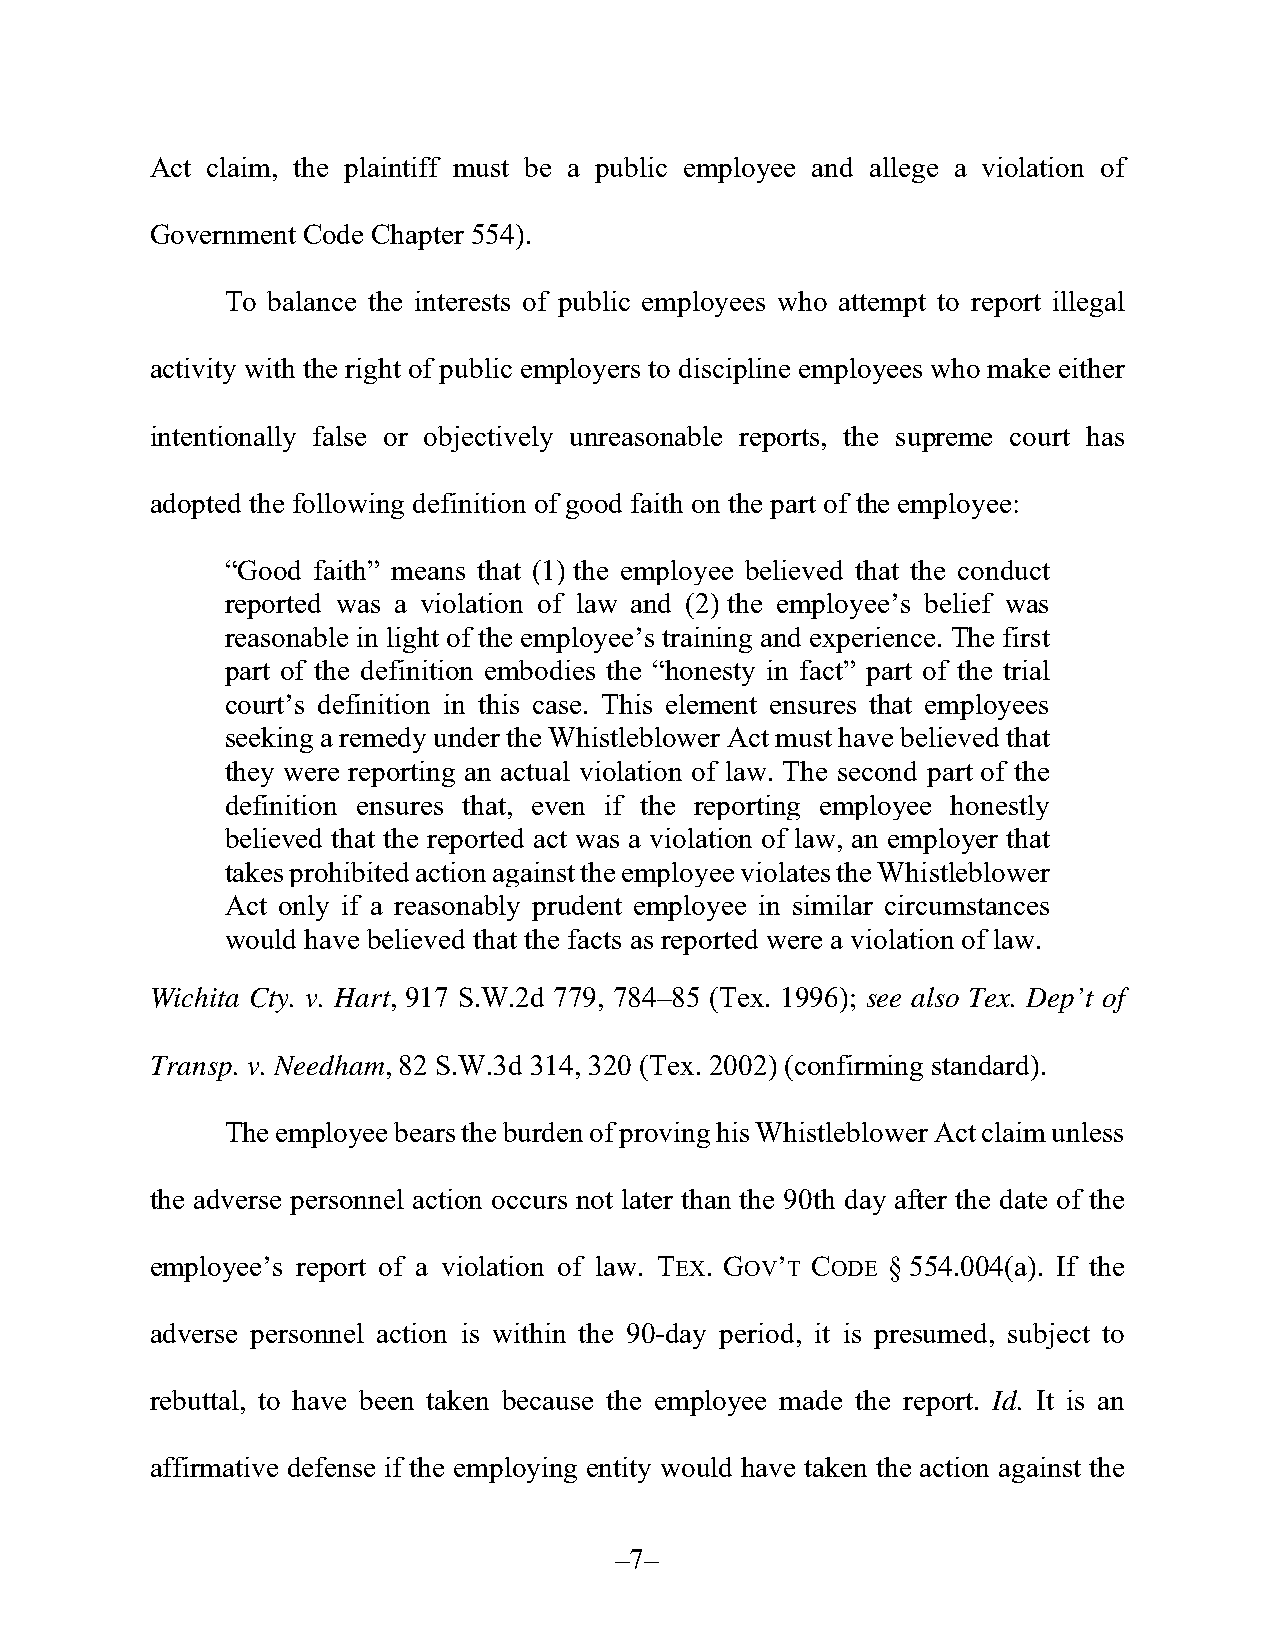
Act claim, the plaintiff must be a public employee and allege a violation of
 Government Code Chapter 554).
 To balance the interests of public employees who attempt to report illegal
 activity with the right of public employers to discipline employees who make either
 intentionally false or objectively unreasonable reports, the supreme court has
 adopted the following definition of good faith on the part of the employee:
 “Good faith” means that (1) the employee believed that the conduct
 reported was a violation of law and (2) the employee’s belief was
 reasonable in light of the employee’s training and experience. The first
 part of the definition embodies the “honesty in fact” part of the trial
 court’s definition in this case. This element ensures that employees
 seeking a remedy under the Whistleblower Act must have believed that
 they were reporting an actual violation of law. The second part of the
 definition ensures that, even if the reporting employee honestly
 believed that the reported act was a violation of law, an employer that
 takes prohibited action against the employee violates the Whistleblower
 Act only if a reasonably prudent employee in similar circumstances
 would have believed that the facts as reported were a violation of law.
 Wichita Cty. v. Hart, 917 S.W.2d 779, 784–85 (Tex. 1996); see also Tex. Dep’t of
 Transp. v. Needham, 82 S.W.3d 314, 320 (Tex. 2002) (confirming standard).
 The employee bears the burden of proving his Whistleblower Act claim unless
 the adverse personnel action occurs not later than the 90th day after the date of the
 employee’s report of a violation of law. TEX. GOV’T CODE § 554.004(a). If the
 adverse personnel action is within the 90-day period, it is presumed, subject to
 rebuttal, to have been taken because the employee made the report. Id. It is an
 affirmative defense if the employing entity would have taken the action against the
 –7–